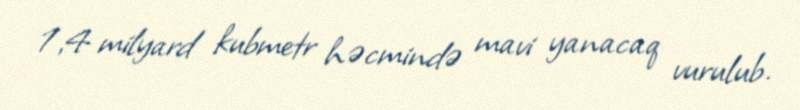
1,4 milyard kubmetr həcmində mavi yanacaq vurulub.